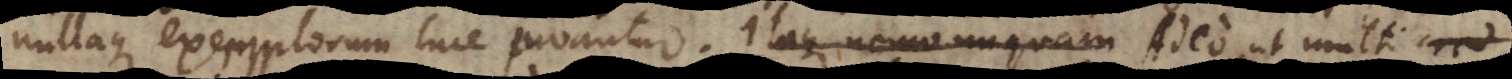
nullaque exemplorum luce juvantur. Itaque nemo unquam Adeo ut multi